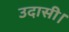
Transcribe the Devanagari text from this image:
उदासी।